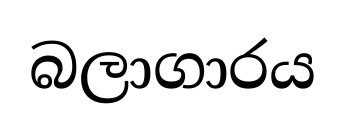
බලාගාරය